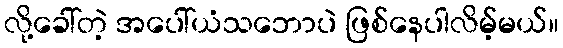
လို့ခေါ်တဲ့ အပေါ်ယံသဘောပဲ ဖြစ်နေပါလိမ့်မယ်။